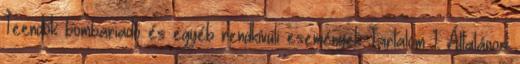
Teendők bombariadó és egyéb rendkívüli események Tartalom 1. Általános